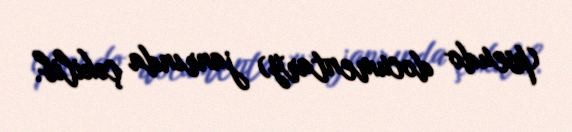
(pseudo documentary) janrında çəkilib.